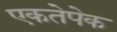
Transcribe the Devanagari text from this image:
एकतेपेक